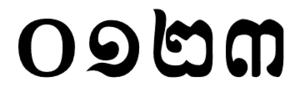
០១២៣